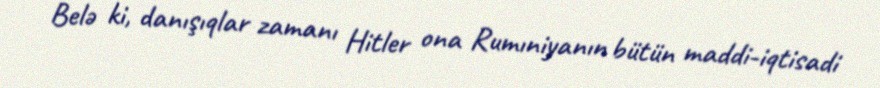
Belə ki, danışıqlar zamanı Hitler ona Rumıniyanın bütün maddi-iqtisadi